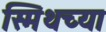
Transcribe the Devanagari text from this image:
स्मिथच्या